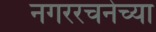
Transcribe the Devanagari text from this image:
नगररचनेच्या